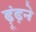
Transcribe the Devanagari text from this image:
ढ़ूंढ़ने